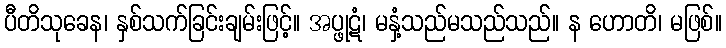
ပီတိသုခေန၊ နှစ်သက်ခြင်းချမ်းဖြင့်။ အပ္ဖုဋံ၊ မနှံ့သည်မသည်သည်။ န ဟောတိ၊ မဖြစ်။